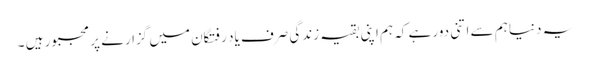
یہ دنیا ہم سے اتنی دور ہے کہ ہم اپنی بقیہ زندگی صرف یاد رفتگان میں گزارنے پر مجبور ہیں ۔